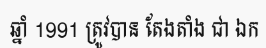
ឆ្នាំ 1991 ត្រូវបាន តែងតាំង ជា ឯក